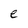
Character: e